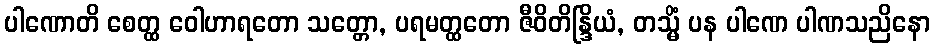
ပါဏောတိ စေတ္ထ ဝေါဟာရတော သတ္တော, ပရမတ္ထတော ဇီဝိတိန္ဒြိယံ, တသ္မိံ ပန ပါဏေ ပါဏသညိနော